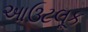
આઉટલૂક